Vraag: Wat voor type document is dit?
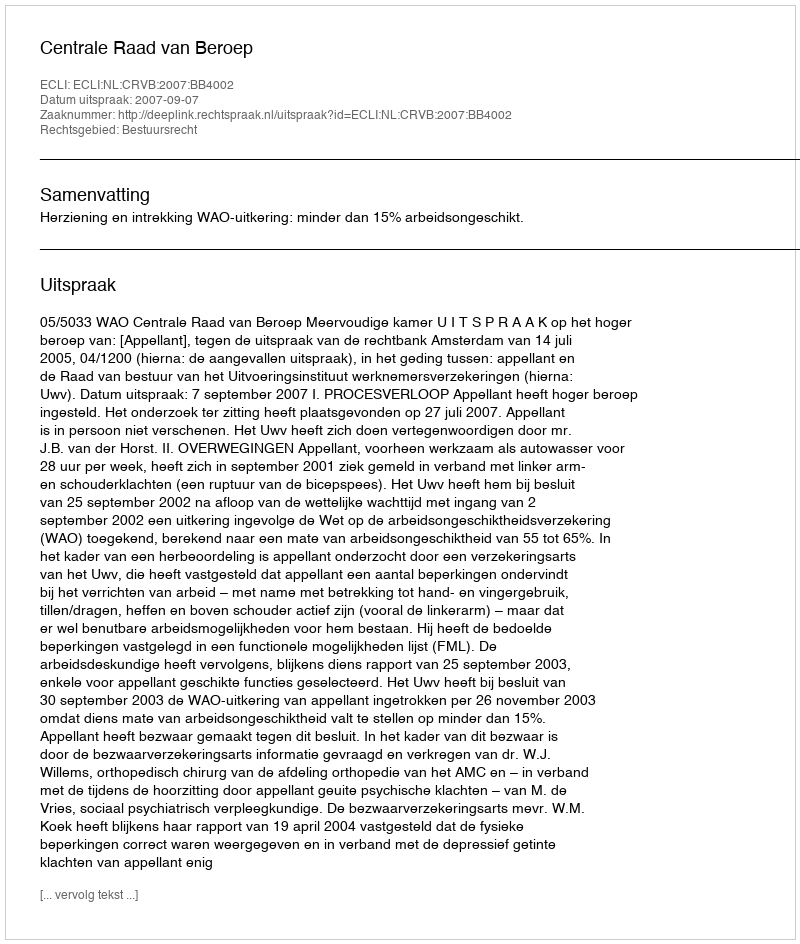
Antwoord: Uitspraak